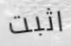
اثبت